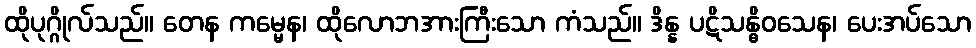
ထိုပုဂ္ဂိုလ်သည်။ တေန ကမ္မေန၊ ထိုလောဘအားကြီးသော ကံသည်။ ဒိန္န ပဋိသန္ဓိဝသေန၊ ပေးအပ်သော